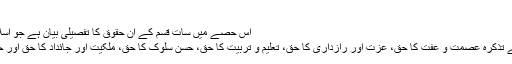
‘‘
اس حصے میں سات قسم کے ان حقوق کا تفصیلی بیان ہے جو اسلام نے خواتین کو عطا کیے :
عورت کے انفرادی حقوق کے تذکرہ عصمت و عفت کا حق، عزت اور رازداری کا حق، تعلیم و تربیت کا حق، حسن سلوک کا حق، ملکیت اور جائداد کا حق اور حرمت نکاح کا حق شامل ہیں۔